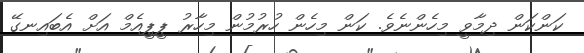
ކަންކަން ދިމާވީ މިހެންނެވެ. ކަން މިހެން ހުރުމުން މިހާރު ޕީޕީއެމް އަށް އެބައިނގޭ